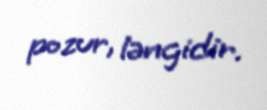
pozur, ləngidir.